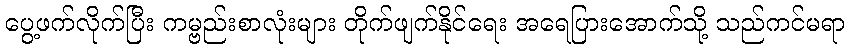
ပွေ့ဖက်လိုက်ပြီး ကမ္ဗည်းစာလုံးများ တိုက်ဖျက်နိုင်ရေး အရေပြားအောက်သို့ သည်ကင်မရာ